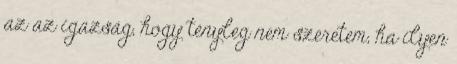
az az igazság, hogy tényleg nem szeretem, ha ilyen